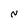
Character: N